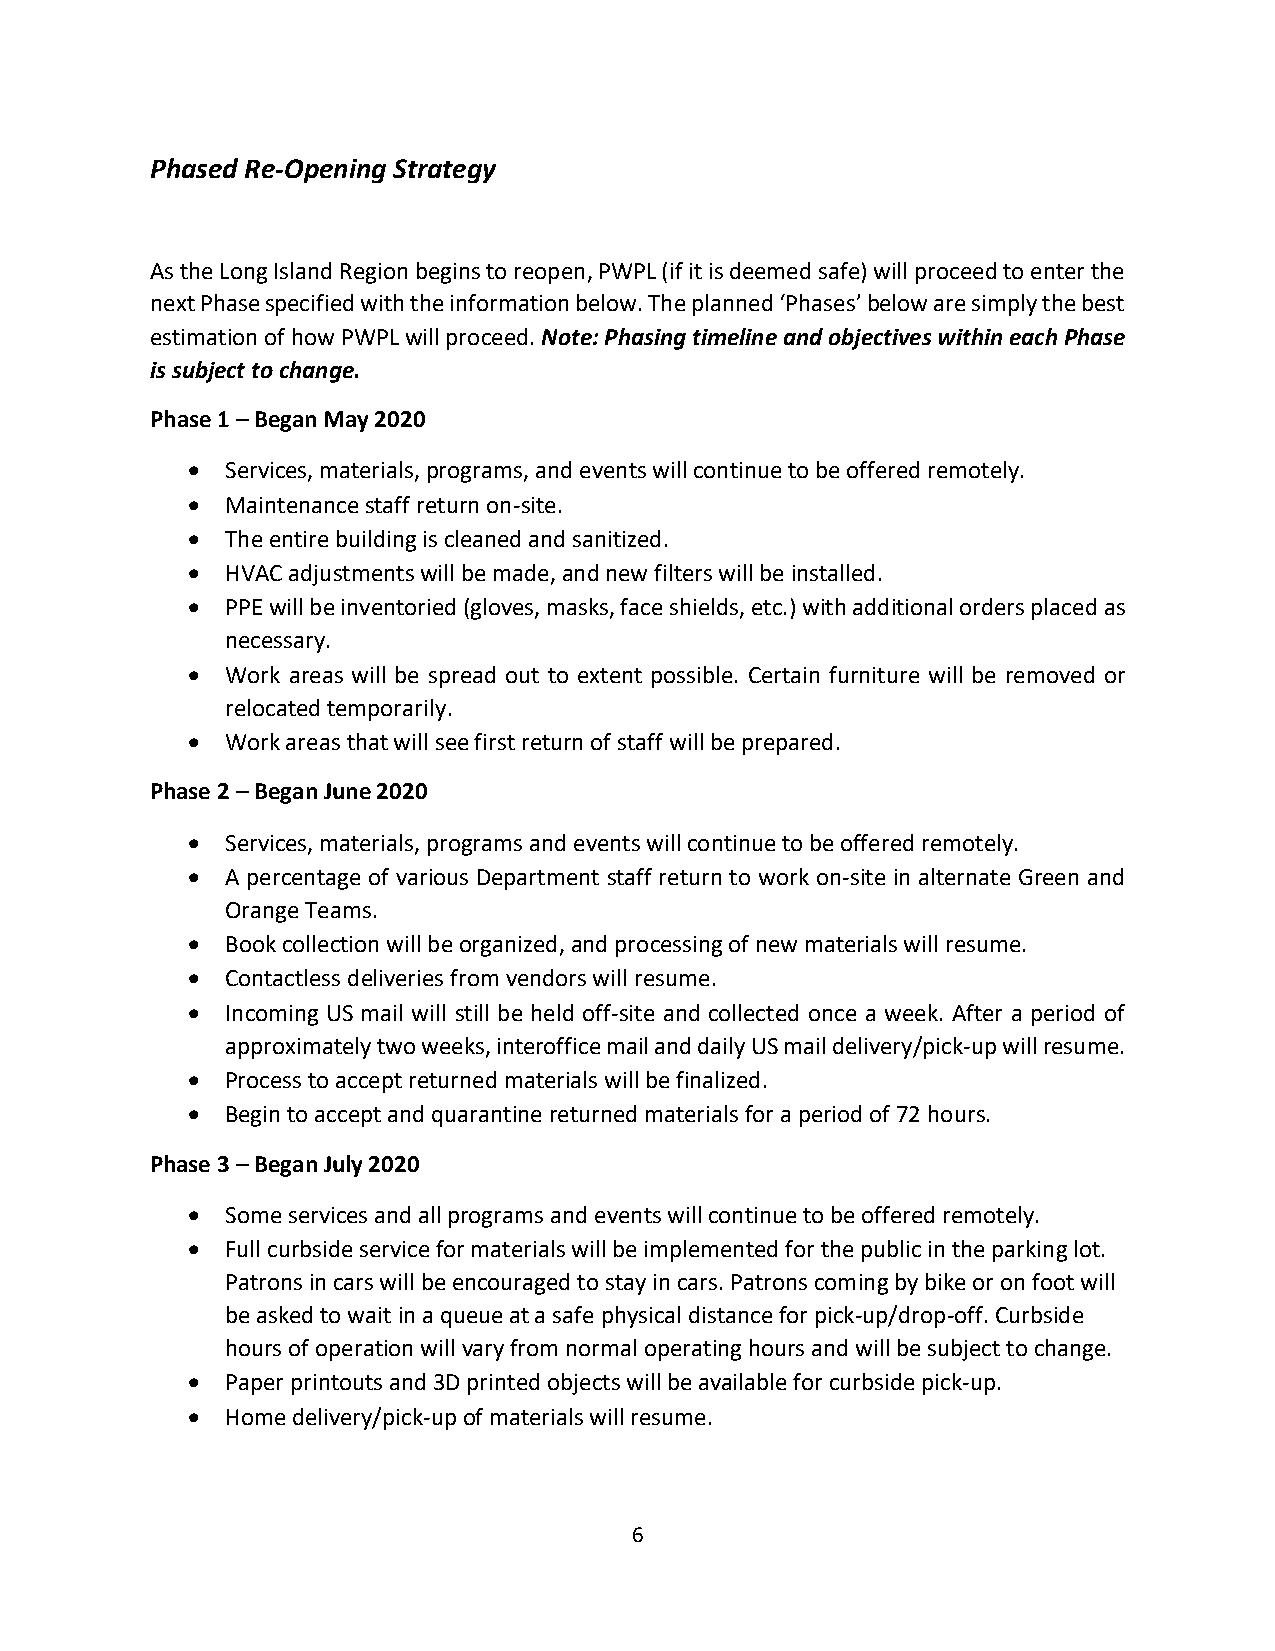
Phased Re-Opening Strategy
 As the Long Island Region begins to reopen, PWPL (if it is deemed safe) will proceed to enter the
 next Phase specified with the information below. The planned ‘Phases’ below are simply the best
 estimation of how PWPL will proceed. Note: Phasing timeline and objectives within each Phase
 is subject to change.
 Phase 1 – Began May 2020
 •  Services, materials, programs, and events will continue to be offered remotely.
 •  Maintenance staff return on-site.
 •  The entire building is cleaned and sanitized.
 •  HVAC adjustments will be made, and new filters will be installed.
 •  PPE will be inventoried (gloves, masks, face shields, etc.) with additional orders placed as
 necessary.
 •  Work areas will be spread out to extent possible. Certain furniture will be removed or
 relocated temporarily.
 •  Work areas that will see first return of staff will be prepared.
 Phase 2 – Began June 2020
 •  Services, materials, programs and events will continue to be offered remotely.
 •  A percentage of various Department staff return to work on-site in alternate Green and
 Orange Teams.
 •  Book collection will be organized, and processing of new materials will resume.
 •  Contactless deliveries from vendors will resume.
 •  Incoming US mail will still be held off-site and collected once a week. After a period of
 approximately two weeks, interoffice mail and daily US mail delivery/pick-up will resume.
 •  Process to accept returned materials will be finalized.
 •  Begin to accept and quarantine returned materials for a period of 72 hours.
 Phase 3 – Began July 2020
 •  Some services and all programs and events will continue to be offered remotely.
 •  Full curbside service for materials will be implemented for the public in the parking lot.
 Patrons in cars will be encouraged to stay in cars. Patrons coming by bike or on foot will
 be asked to wait in a queue at a safe physical distance for pick-up/drop-off. Curbside
 hours of operation will vary from normal operating hours and will be subject to change.
 •  Paper printouts and 3D printed objects will be available for curbside pick-up.
 •  Home delivery/pick-up of materials will resume.
 6